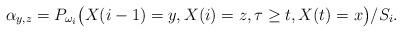
LaTeX: \begin{align*}\alpha_{y,z}= P_{\omega_i}\big(X(i-1)=y,X(i)=z, \tau\geq t, X(t) = x\big)/S_i.\end{align*}